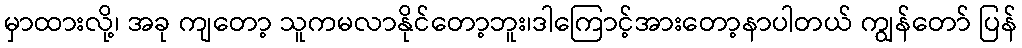
မှာထားလို့၊ အခု ကျတော့ သူကမလာနိုင်တော့ဘူး၊ဒါကြောင့်အားတော့နာပါတယ် ကျွန်တော် ပြန်